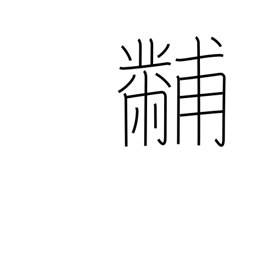
Meaning: embroidery